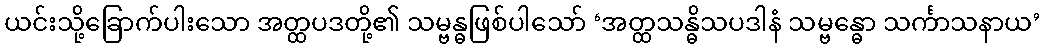
ယင်းသို့ခြောက်ပါးသော အတ္ထပဒတို့၏ သမ္ဗန္ဓဖြစ်ပါသော် ‘အတ္ထသန္ဓိသပဒါနံ သမ္ဗန္ဓော သင်္ကာသနာယ’